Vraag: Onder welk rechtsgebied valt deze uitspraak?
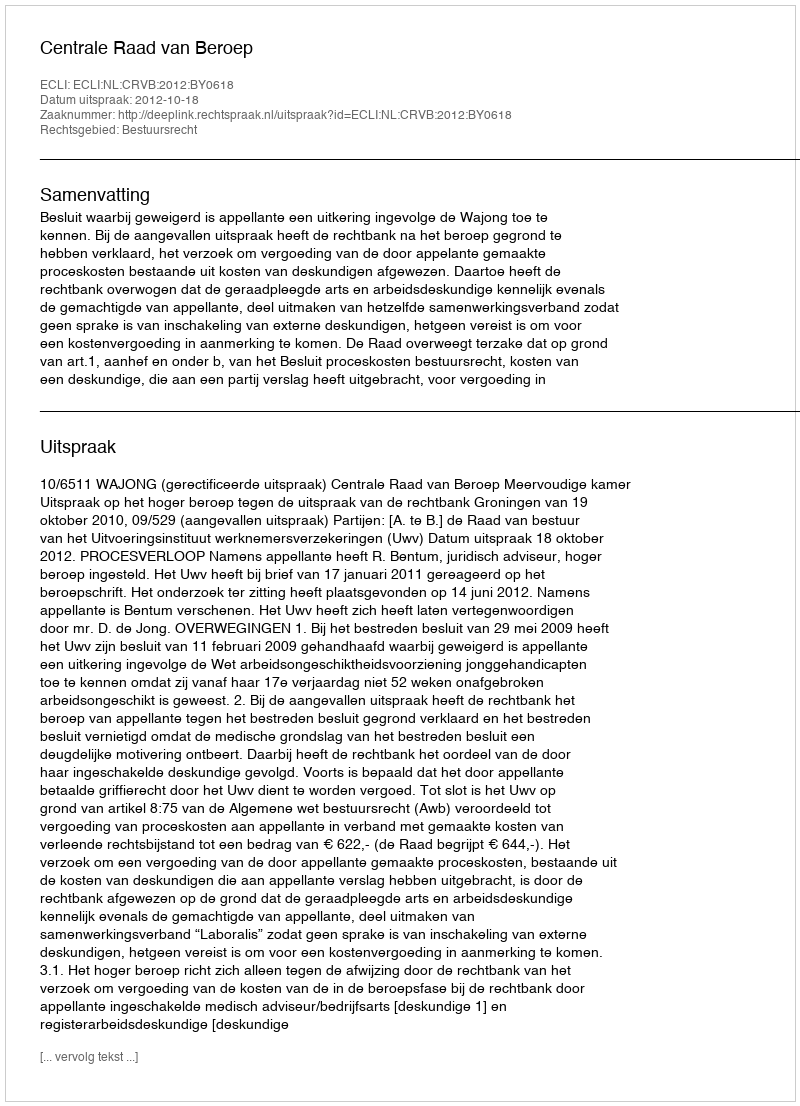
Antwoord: Bestuursrecht